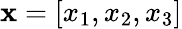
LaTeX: \textbf{x}=[x_{1},x_{2},x_{3}]